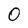
Character: 0